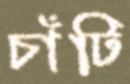
চাঁটি